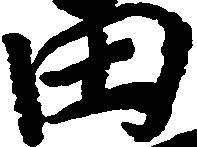
田